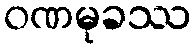
ဝဏမုခဿ